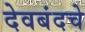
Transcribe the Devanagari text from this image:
देवबंदचे